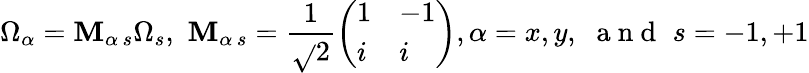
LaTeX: \Omega_{\alpha}=\mathbf{M}_{\alpha\, s}\Omega_{s},\, \, \mathbf{M}_{\alpha\, s}=\frac{{1}}{{\sqrt{}{{2}}}}\left(\begin{array}{ll}{1}&{-1}\\ {i}&{i}\end{array}\right),\alpha=x,y,\, \, \mathrm{{~a~n~d~}}\, \, s=-1,+1